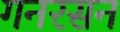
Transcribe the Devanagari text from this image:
गनरसन